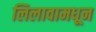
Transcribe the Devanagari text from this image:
लिलावामधून